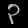
Digit: ၃